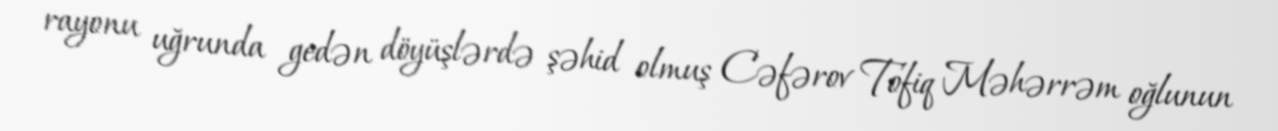
rayonu uğrunda gedən döyüşlərdə şəhid olmuş Cəfərov Tofiq Məhərrəm oğlunun